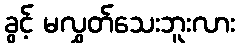
ခွင့် မလွှတ်သေးဘူးလား